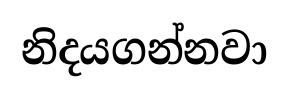
නිදයගන්නවා